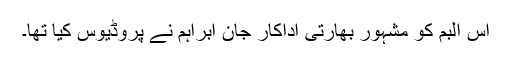
اس البم کو مشہور بھارتی اداکار جان ابراہم نے پروڈیوس کیا تھا۔